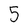
Character: 5